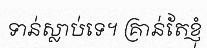
ទាន់ស្លាប់ទេ។ គ្រាន់តែខ្ញុំ